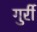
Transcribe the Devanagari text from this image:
गुर्री